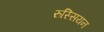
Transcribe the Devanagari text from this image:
रुस्सियन